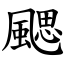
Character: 颸